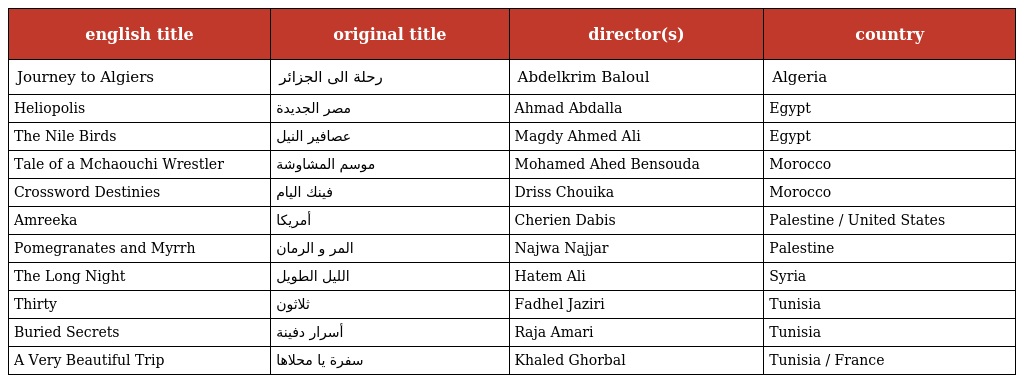
| english title | original title | director(s) | country |
 | --- | --- | --- | --- |
 | Journey to Algiers | رحلة الى الجزائر | Abdelkrim Baloul | Algeria |
 | Heliopolis | مصر الجديدة | Ahmad Abdalla | Egypt |
 | The Nile Birds | عصافير النيل | Magdy Ahmed Ali | Egypt |
 | Tale of a Mchaouchi Wrestler | موسم المشاوشة | Mohamed Ahed Bensouda | Morocco |
 | Crossword Destinies | فينك اليام | Driss Chouika | Morocco |
 | Amreeka | أمريكا | Cherien Dabis | Palestine / United States |
 | Pomegranates and Myrrh | المر و الرمان | Najwa Najjar | Palestine |
 | The Long Night | الليل الطويل | Hatem Ali | Syria |
 | Thirty | ثلاثون | Fadhel Jaziri | Tunisia |
 | Buried Secrets | أسرار دفينة | Raja Amari | Tunisia |
 | A Very Beautiful Trip | سفرة يا محلاها | Khaled Ghorbal | Tunisia / France |